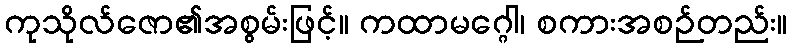
ကုသိုလ်ဇော၏အစွမ်းဖြင့်။ ကထာမဂ္ဂေါ၊ စကားအစဉ်တည်း။